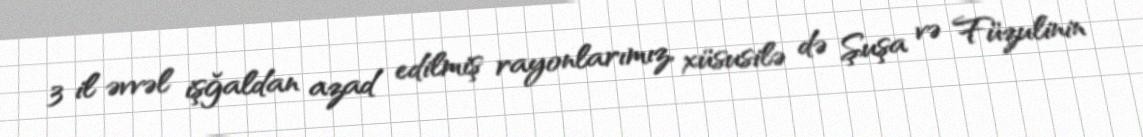
3 il əvvəl işğaldan azad edilmiş rayonlarımız, xüsusilə də Şuşa və Füzulinin